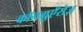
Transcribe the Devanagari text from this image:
कॉनग्रुएँसेज़